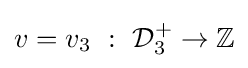
v=v_{3}~:~{\mathcal {D}}_{3}^{+}\to \mathbb {Z}